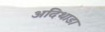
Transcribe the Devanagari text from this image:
अदिथाडा